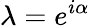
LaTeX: \lambda=e^{i\alpha}